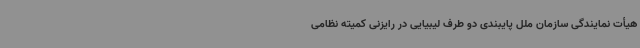
هیأت نمایندگی سازمان ملل پایبندی دو طرف لیبیایی در رایزنی کمیته نظامی